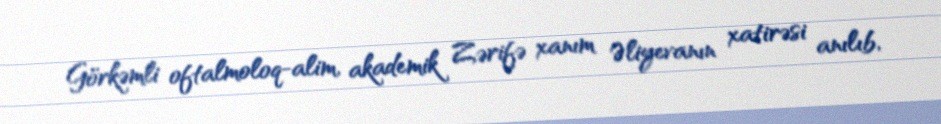
Görkəmli oftalmoloq-alim, akademik Zərifə xanım Əliyevanın xatirəsi anılıb,